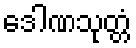
ဒေါဏသုတ္တံ